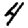
Digit: 4